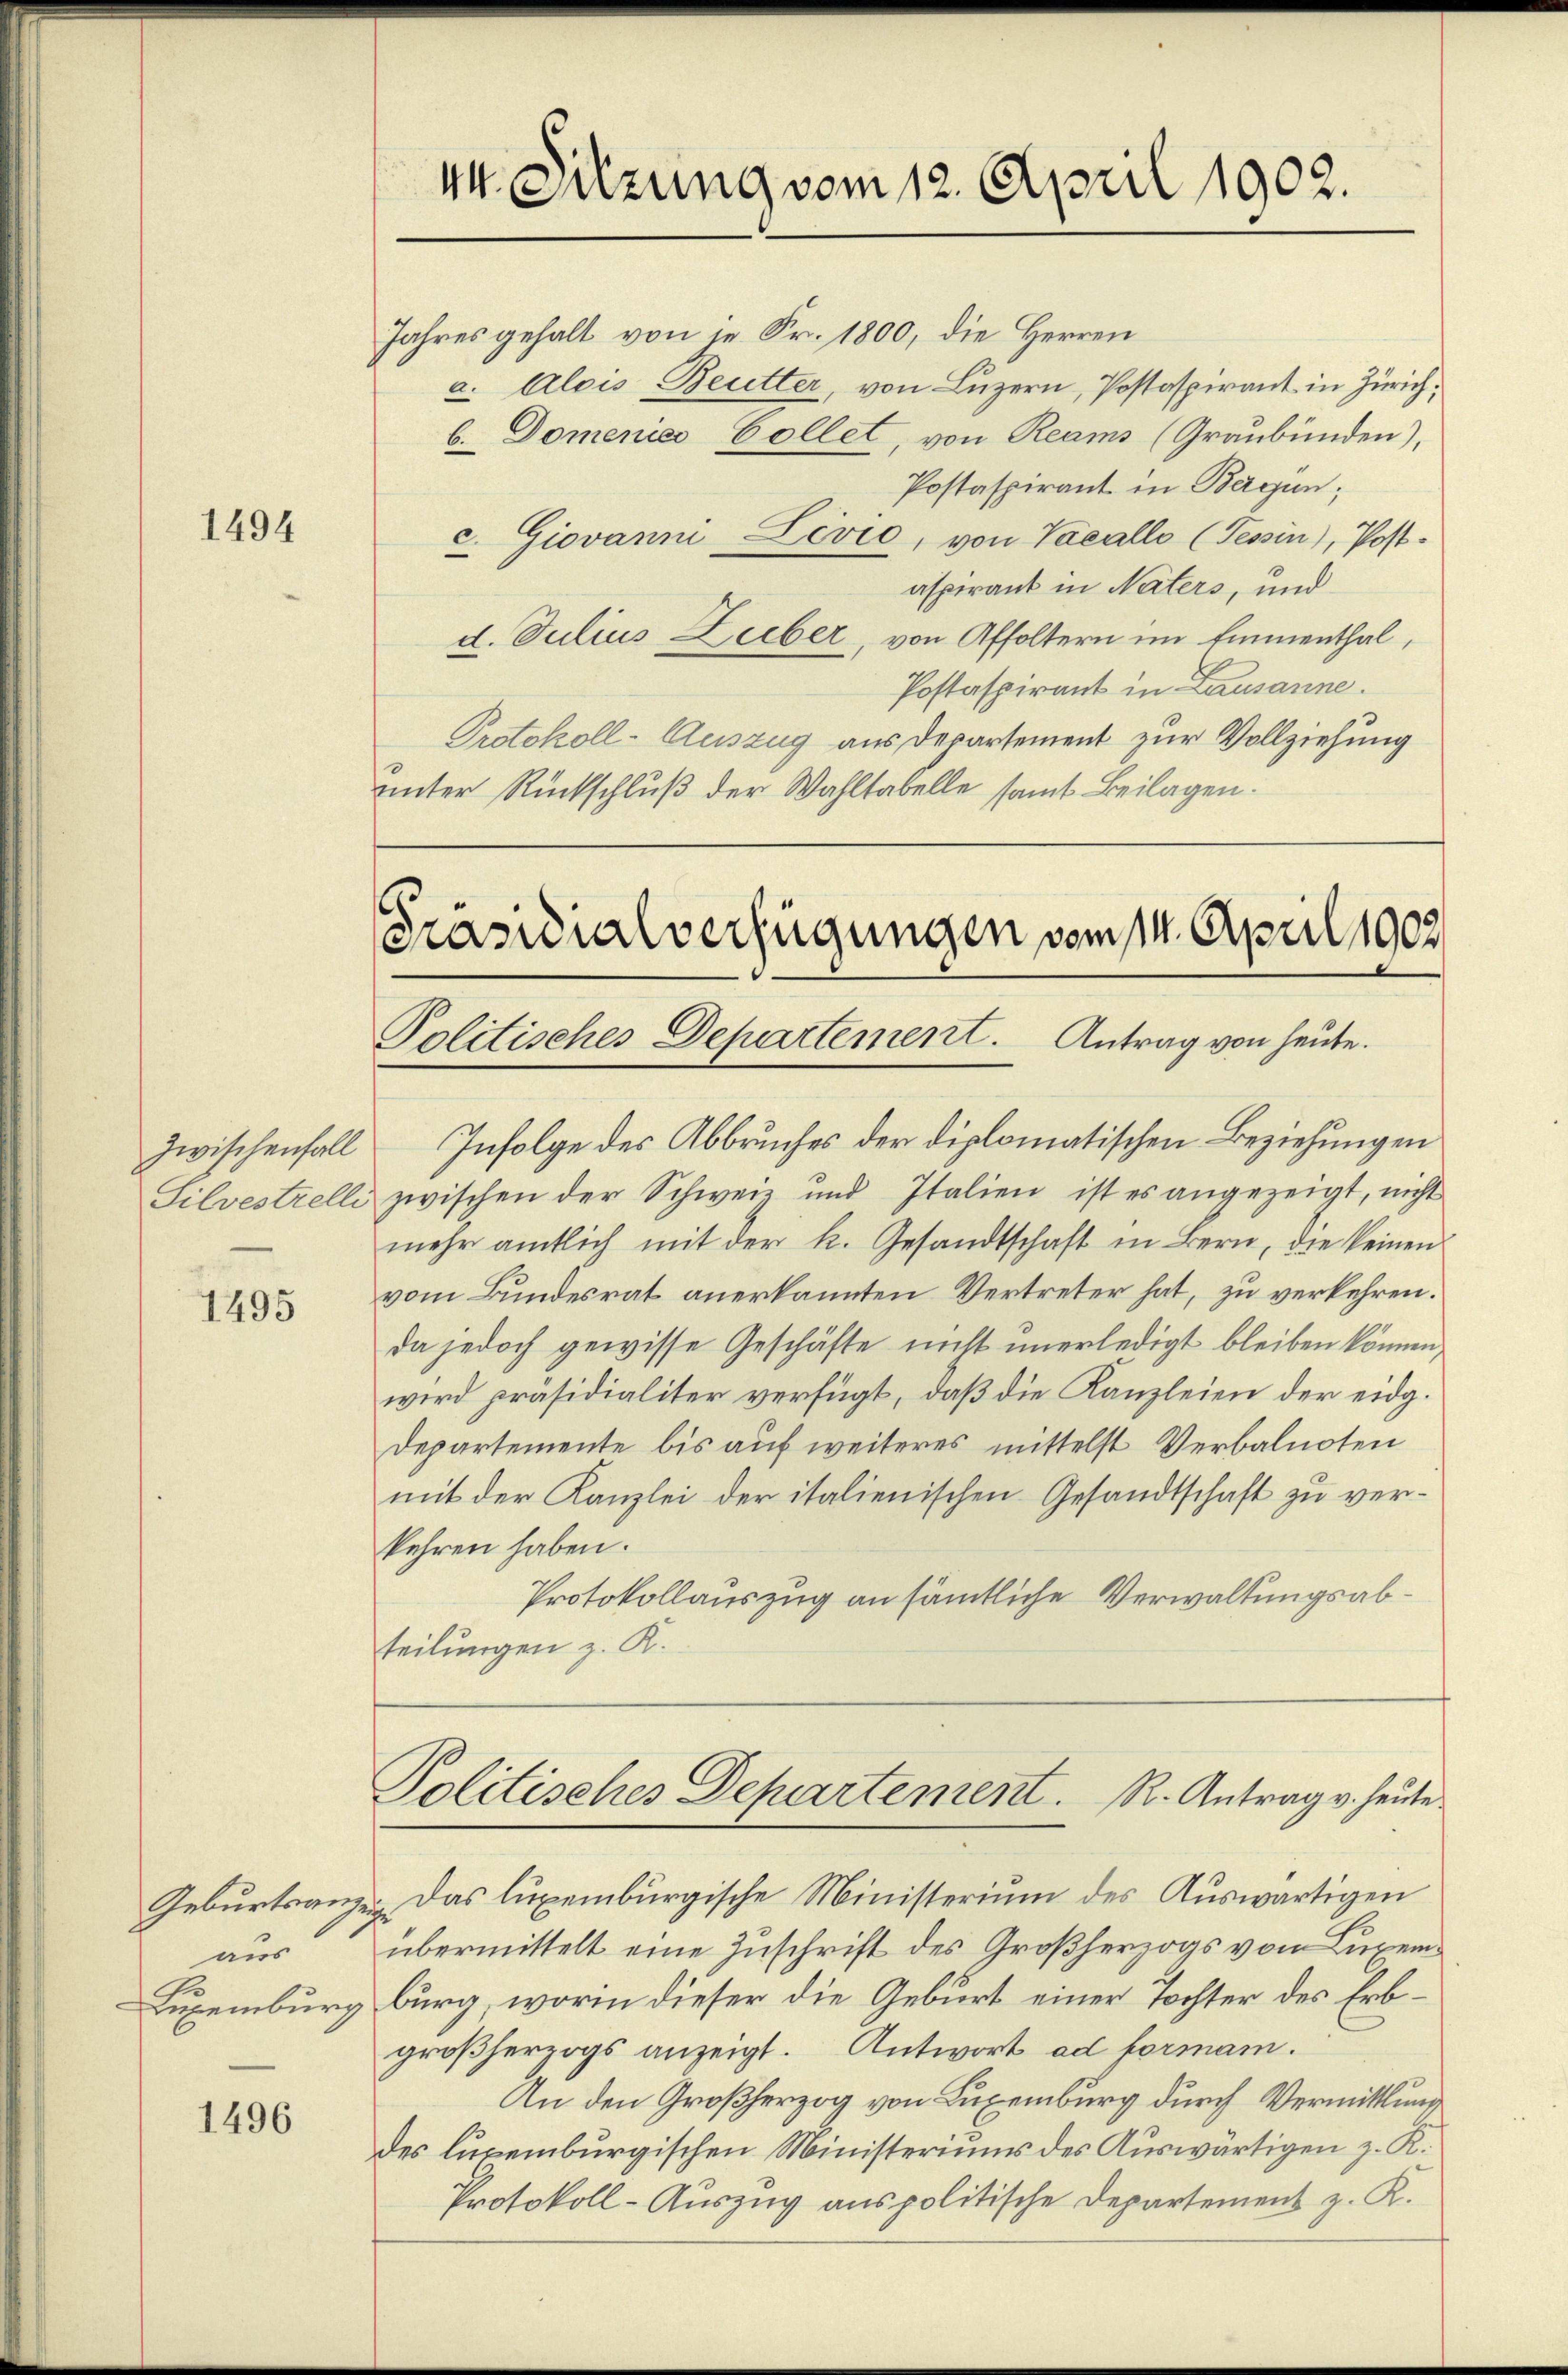
1494

1495

Geburtsanzeigt
aus
Luxenburg

1496

Jahres gehalt von in Fr. 1800, die Herren
a. Alois Beutter, von Luzern, Postaspirant in Zürich,
b. Domenies Collet, von Reams (Graubünden),
Postaspirant in Bergen;
c. Giovanni Lević, von Vacallo (Tessin), Post-
aspirant in Naters, und
d. Julius Lieber, von Affoltern im Emmenthal,
Postaspirant in Lausanne.
Protokoll-Auszug aus Departement zur Vollziehung
unter Rückschluß der Wahltabelle samt Beilagen.

44. Sitzung vom 12. April 1902.

zwischenfall Infolge des Abbruches der diplomatischen Beziehungen
Silvestrelli zwischen der Schweiz und Italien ist es angezeigt, nicht
mehr amtlich mit der k. Gesandtschaft in Bern, die keinen
vom Bundesrat anerkannten Vertreter hat, zu verkehren.
da jedoch gewisse Geschäfte nicht unerledigt bleiben können,
wird präsidialiter verfügt, daß die Kanzleien der eidg.
Departemente bis auf weiteres mittelst Verbalnoten
mit der Kanzlei der italienischen Gesandtschaft zu verkehren haben.
Protokollauszug an sämtliche Verwaltungsabteilungen z. K.

Das luxenburgische Ministerium des Auswärtigen
übermittelt eine Zuschrift des Großherzogs vom Luxemburg, worin dieser die Geburt einer Tochter des Erbgroßherzogs anzeigt. Antwort ad forman.
An den Großherzog von Luxenburg durch Vermittlung
des luxenburgischen Ministeriums des Auswärtigen z. K.
Protokoll-Auszug aus politische Departement z. K.

Präsidialverfügungen vom 14. April 1902.
Politisches Departement. Antrag von heute.

Politisches Departement. R. Antrag v. heute